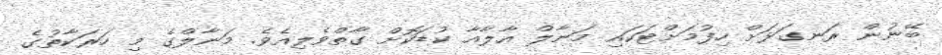
ބޭނުން ރަނގަޅަށް ހިފުމަށްޓަކައި މަނާލް އާލާއާ ކުޑަކޮށް ގާތްވެލިއެވެ. މަނާލްގެ މި ހަރަކާތުގެ